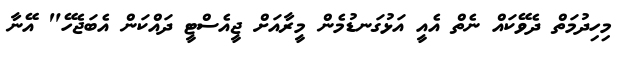
މިހިދުމަތް ދެވޭކައް ނެތް އެއީ އަޅުގަނޑުމެން މީރާއަށް ޖީއެސްޓީ ދައްކަން އެބަޖެހޭ" އޭނާ